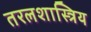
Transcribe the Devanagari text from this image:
तरलशास्त्रिय